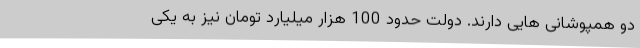
دو همپوشانی هایی دارند. دولت حدود 100 هزار میلیارد تومان نیز به یکی